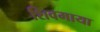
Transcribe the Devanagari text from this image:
शिवमाया